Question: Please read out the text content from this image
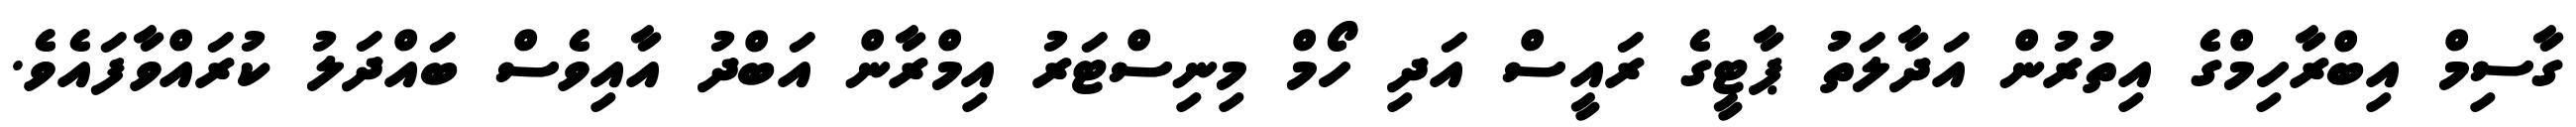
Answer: ގާސިމް އިބްރާހިމްގެ އިތުރުން އަދާލަތު ޕާޓީގެ ރައީސް އަދި ހޯމް މިނިސްޓަރު އިމްރާން އަބްދު އާއިވެސް ބައްދަލު ކުރައްވާފައެވެ.